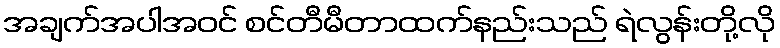
အချက်အပါအဝင် စင်တီမီတာထက်နည်းသည် ရဲလွန်းတို့လို